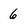
Character: 6